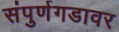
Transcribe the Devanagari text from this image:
संपुर्णगडावर